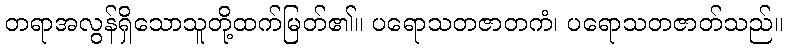
တရာအလွန်ရှိသောသူတို့ထက်မြတ်၏။ ပရောသတဇာတကံ၊ ပရောသတဇာတ်သည်။